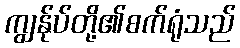
ကျွန်ုပ်တို့၏စက်ရုံသည်